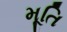
મૂતિ